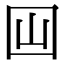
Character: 𡆯